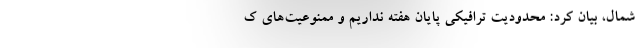
شمال، بیان کرد: محدودیت ترافیکی پایان هفته نداریم و ممنوعیت‌های ک